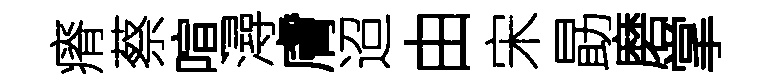
瘠蔡喧潯膚迢由宋勗磨掌